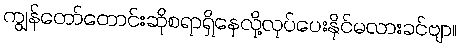
ကျွန်တော်တောင်းဆိုစရာရှိနေလို့လုပ်ပေးနိုင်မလားခင်ဗျာ။